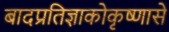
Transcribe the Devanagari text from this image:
बादप्रतिज्ञाकोकृष्णासे